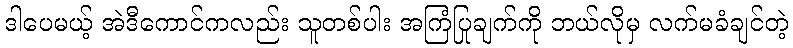
ဒါပေမယ့် အဲဒီကောင်ကလည်း သူတစ်ပါး အကြံပြုချက်ကို ဘယ်လိုမှ လက်မခံချင်တဲ့